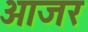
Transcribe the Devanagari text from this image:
आजर